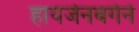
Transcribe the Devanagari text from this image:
हायजेनबर्गने